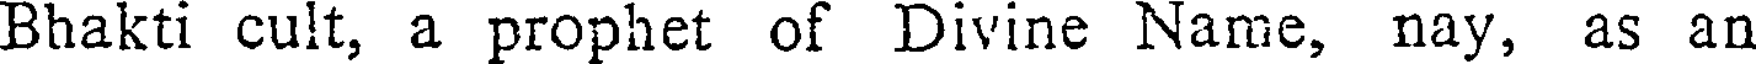
Bhakti cult, a prophet of Divine Name, nay, as an